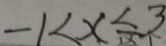
- 1 < x \leq 3